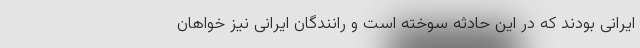
ایرانی بودند که در این حادثه سوخته است و رانندگان ایرانی نیز خواهان